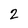
Character: 2